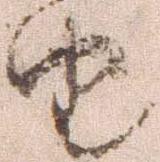
由